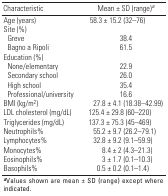
<table><thead><tr><td><b>Characteristic</b></td><td><b>Mean ± SD (range)<i>a</i></b></td></tr></thead><tbody><tr><td>Age (years)</td><td>58.3 ± 15.2 (32–76)</td></tr><tr><td>Site (%)</td><td></td></tr><tr><td>Greve</td><td>38.4</td></tr><tr><td>Bagno a Ripoli</td><td>61.5</td></tr><tr><td>Education (%)</td><td></td></tr><tr><td>None/elementary</td><td>22.9</td></tr><tr><td>Secondary school</td><td>26.0</td></tr><tr><td>High school</td><td>35.4</td></tr><tr><td>Professional/university</td><td>16.6</td></tr><tr><td>BMI (kg/m<sup>2</sup>)</td><td>27.8 ± 4.1 (18.38–42.99)</td></tr><tr><td>LDL cholesterol (mg/dL)</td><td>125.4 ± 29.8 (60–220)</td></tr><tr><td>Triglycerides (mg/dL)</td><td>137.3 ± 75.3 (45–469)</td></tr><tr><td>Neutrophils%</td><td>55.2 ± 9.7 (26.2–79.1)</td></tr><tr><td>Lymphocytes%</td><td>32.8 ± 9.2 (9.1–59.9)</td></tr><tr><td>Monocytes%</td><td>8.4 ± 2 (4.3–21.3)</td></tr><tr><td>Eosinophils%</td><td>3 ± 1.7 (0.1–10.3)</td></tr><tr><td>Basophils%</td><td>0.5 ± 0.2 (0.1–1.4)</td></tr><tr><td colspan="2"><b>a</b>Values shown are mean ± SD (range) except whereindicated. </td></tr></tbody></table>